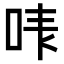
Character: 𠳜